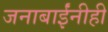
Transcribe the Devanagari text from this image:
जनाबाईंनीही